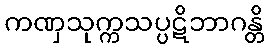
ကဏှသုက္ကသပ္ပဋိဘာဂန္တိ